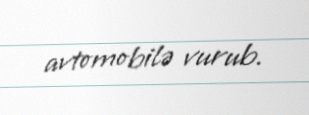
avtomobilə vurub.